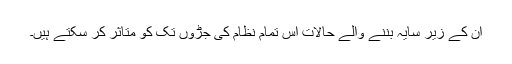
ان کے زیر سایہ بننے والے حالات اس تمام نظام کی جڑوں تک کو متاثر کر سکتے ہیں۔